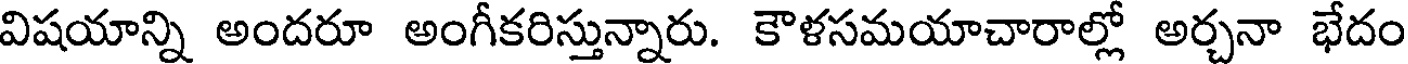
విషయాన్ని అందరూ అంగీకరిస్తున్నారు. కౌళసమయాచారాల్లో అర్చనా భేదం